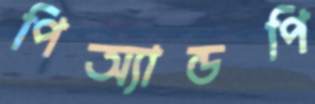
পিঅ্যান্ডপি